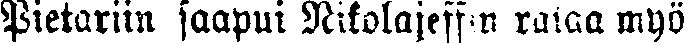
Pietariin saapui Nikolajeffin rataa myö